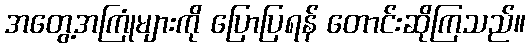
အတွေ့အကြုံများကို ပြောပြရန် တောင်းဆိုကြသည်။